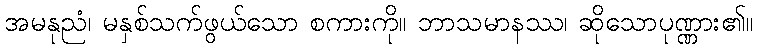
အမနုညံ၊ မနှစ်သက်ဖွယ်သော စကားကို။ ဘာသမာနဿ၊ ဆိုသောပုဏ္ဏား၏။